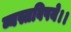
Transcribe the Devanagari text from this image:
व्यस्तविषये।।